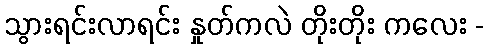
သွားရင်းလာရင်း နှုတ်ကလဲ တိုးတိုး ကလေး -